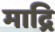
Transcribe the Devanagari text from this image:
माद्रि